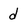
Character: d